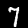
Label: 7